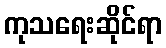
ကုသရေးဆိုင်ရာ